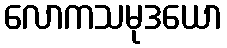
လောကသမုဒယော